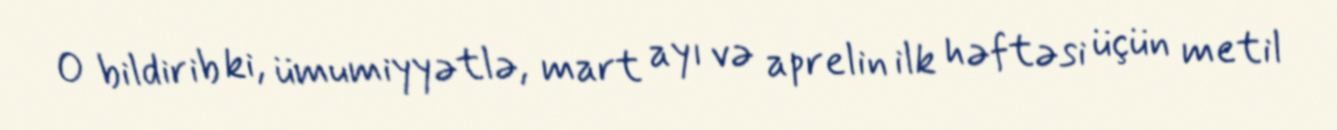
O bildirib ki, ümumiyyətlə, mart ayı və aprelin ilk həftəsi üçün metil